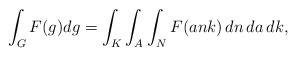
LaTeX: \begin{align*} \int_G F(g) dg = \int_K \int_A \int_N F(ank) \,dn\,da\,dk,\end{align*}